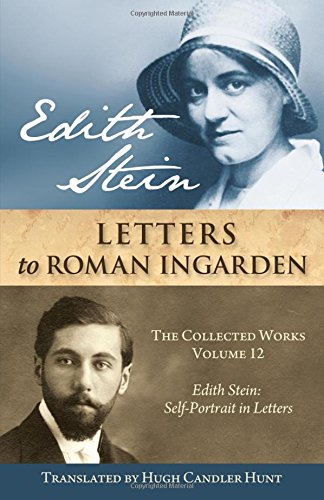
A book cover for Edith Stein: Letters to Roman Ingarden (Stein, Edith//the Collected Works of Edith Stein); Edith Stein; Literature & Fiction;